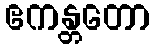
ဧကန္တတော